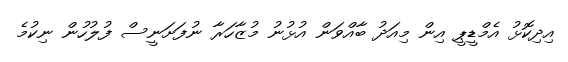
އިދިކޮޅު އެމްޑީޕީ އިން މިއަދު ބާއްވަން އުޅުނު މުޒާހަރާ ނުފަށަނީސް ފުލުހުން ނިކުމެ